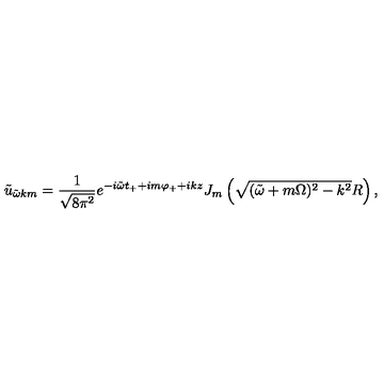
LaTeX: \tilde { u } _ { \tilde { \omega } k m } = \frac { 1 } { \sqrt { 8 \pi ^ { 2 } } } e ^ { - i \tilde { \omega } t _ { + } + i m \varphi _ { + } + i k z } J _ { m } \left( \sqrt { ( \tilde { \omega } + m \Omega ) ^ { 2 } - k ^ { 2 } } R \right) ,